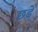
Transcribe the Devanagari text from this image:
छडें